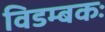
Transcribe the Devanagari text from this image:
विडम्बकः